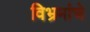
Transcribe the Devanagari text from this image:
विभ्रमांचे